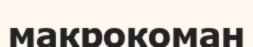
макрокоман